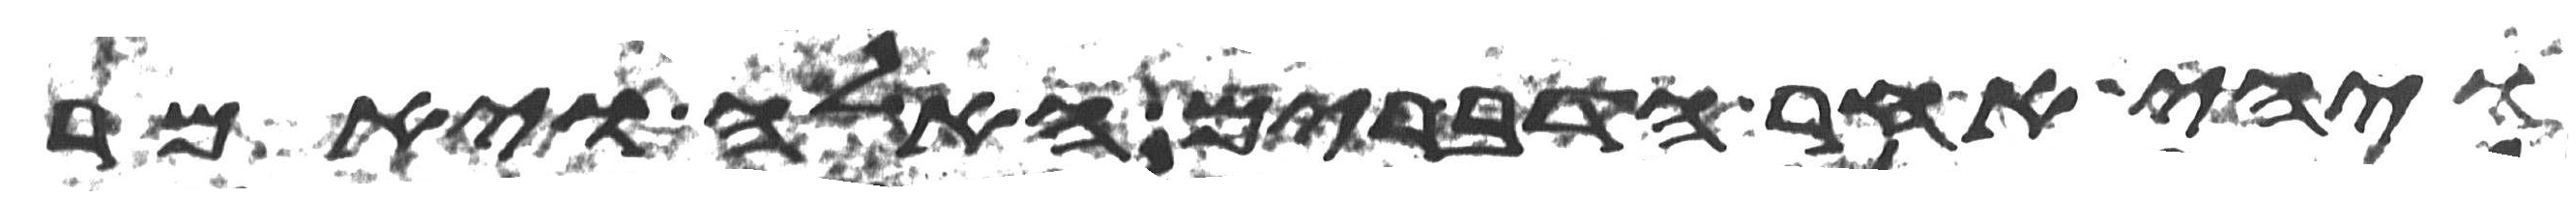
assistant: ויהי אחר הדברים האלה ויאמר